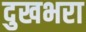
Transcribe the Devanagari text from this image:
दुखभरा